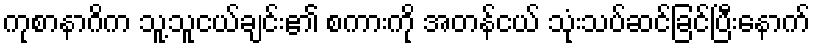
ကုစာနာဂိက သူ့သူငယ်ချင်း၏ စကားကို အတန်ငယ် သုံးသပ်ဆင်ခြင်ပြီးနောက်